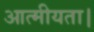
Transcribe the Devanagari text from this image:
आत्मीयता।